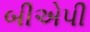
બીએપી